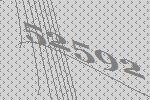
52592